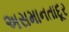
અસમાનતાદૂર